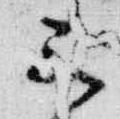
三